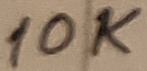
Text: 10K